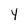
Character: Y